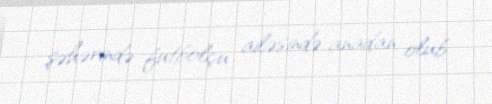
şəhərində futbolçu ailəsində anadan olub.